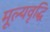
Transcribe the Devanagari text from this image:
मूल्‍यवृद्धि